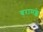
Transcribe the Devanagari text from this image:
बरामक्के